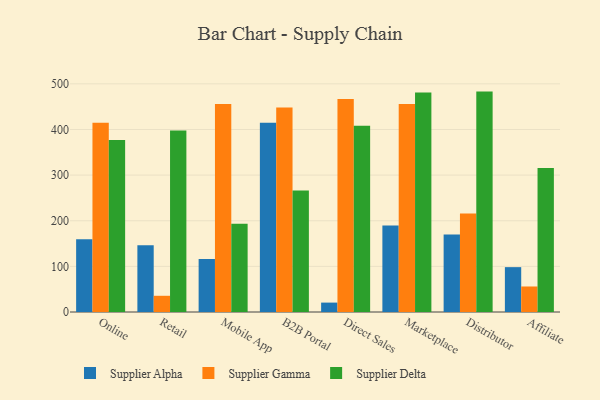
{"axis": {"x": "Channel", "y": "Website Visitors"}, "legend": ["Supplier Alpha", "Supplier Delta", "Supplier Gamma"], "data": [{"x": "Online", "y": 159.4, "type": "Supplier Alpha"}, {"x": "Online", "y": 414.8, "type": "Supplier Gamma"}, {"x": "Online", "y": 376.8, "type": "Supplier Delta"}, {"x": "Retail", "y": 146.3, "type": "Supplier Alpha"}, {"x": "Retail", "y": 35.5, "type": "Supplier Gamma"}, {"x": "Retail", "y": 398.0, "type": "Supplier Delta"}, {"x": "Mobile App", "y": 115.9, "type": "Supplier Alpha"}, {"x": "Mobile App", "y": 455.7, "type": "Supplier Gamma"}, {"x": "Mobile App", "y": 193.6, "type": "Supplier Delta"}, {"x": "B2B Portal", "y": 414.6, "type": "Supplier Alpha"}, {"x": "B2B Portal", "y": 448.2, "type": "Supplier Gamma"}, {"x": "B2B Portal", "y": 266.1, "type": "Supplier Delta"}, {"x": "Direct Sales", "y": 20.6, "type": "Supplier Alpha"}, {"x": "Direct Sales", "y": 466.9, "type": "Supplier Gamma"}, {"x": "Direct Sales", "y": 407.9, "type": "Supplier Delta"}, {"x": "Marketplace", "y": 189.5, "type": "Supplier Alpha"}, {"x": "Marketplace", "y": 455.6, "type": "Supplier Gamma"}, {"x": "Marketplace", "y": 481.2, "type": "Supplier Delta"}, {"x": "Distributor", "y": 169.8, "type": "Supplier Alpha"}, {"x": "Distributor", "y": 215.8, "type": "Supplier Gamma"}, {"x": "Distributor", "y": 483.0, "type": "Supplier Delta"}, {"x": "Affiliate", "y": 98.3, "type": "Supplier Alpha"}, {"x": "Affiliate", "y": 55.9, "type": "Supplier Gamma"}, {"x": "Affiliate", "y": 315.5, "type": "Supplier Delta"}]}